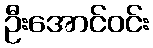
ဦးအောင်ဝင်း